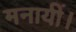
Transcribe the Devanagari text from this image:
मनायीं।